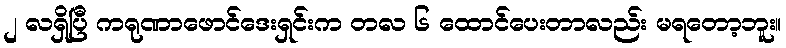
၂ လရှိပြီ ကရုဏာဖောင်ဒေးရှင်းက တလ ၆ ထောင်ပေးတာလည်း မရတော့ဘူး။